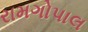
રામગોપાલ